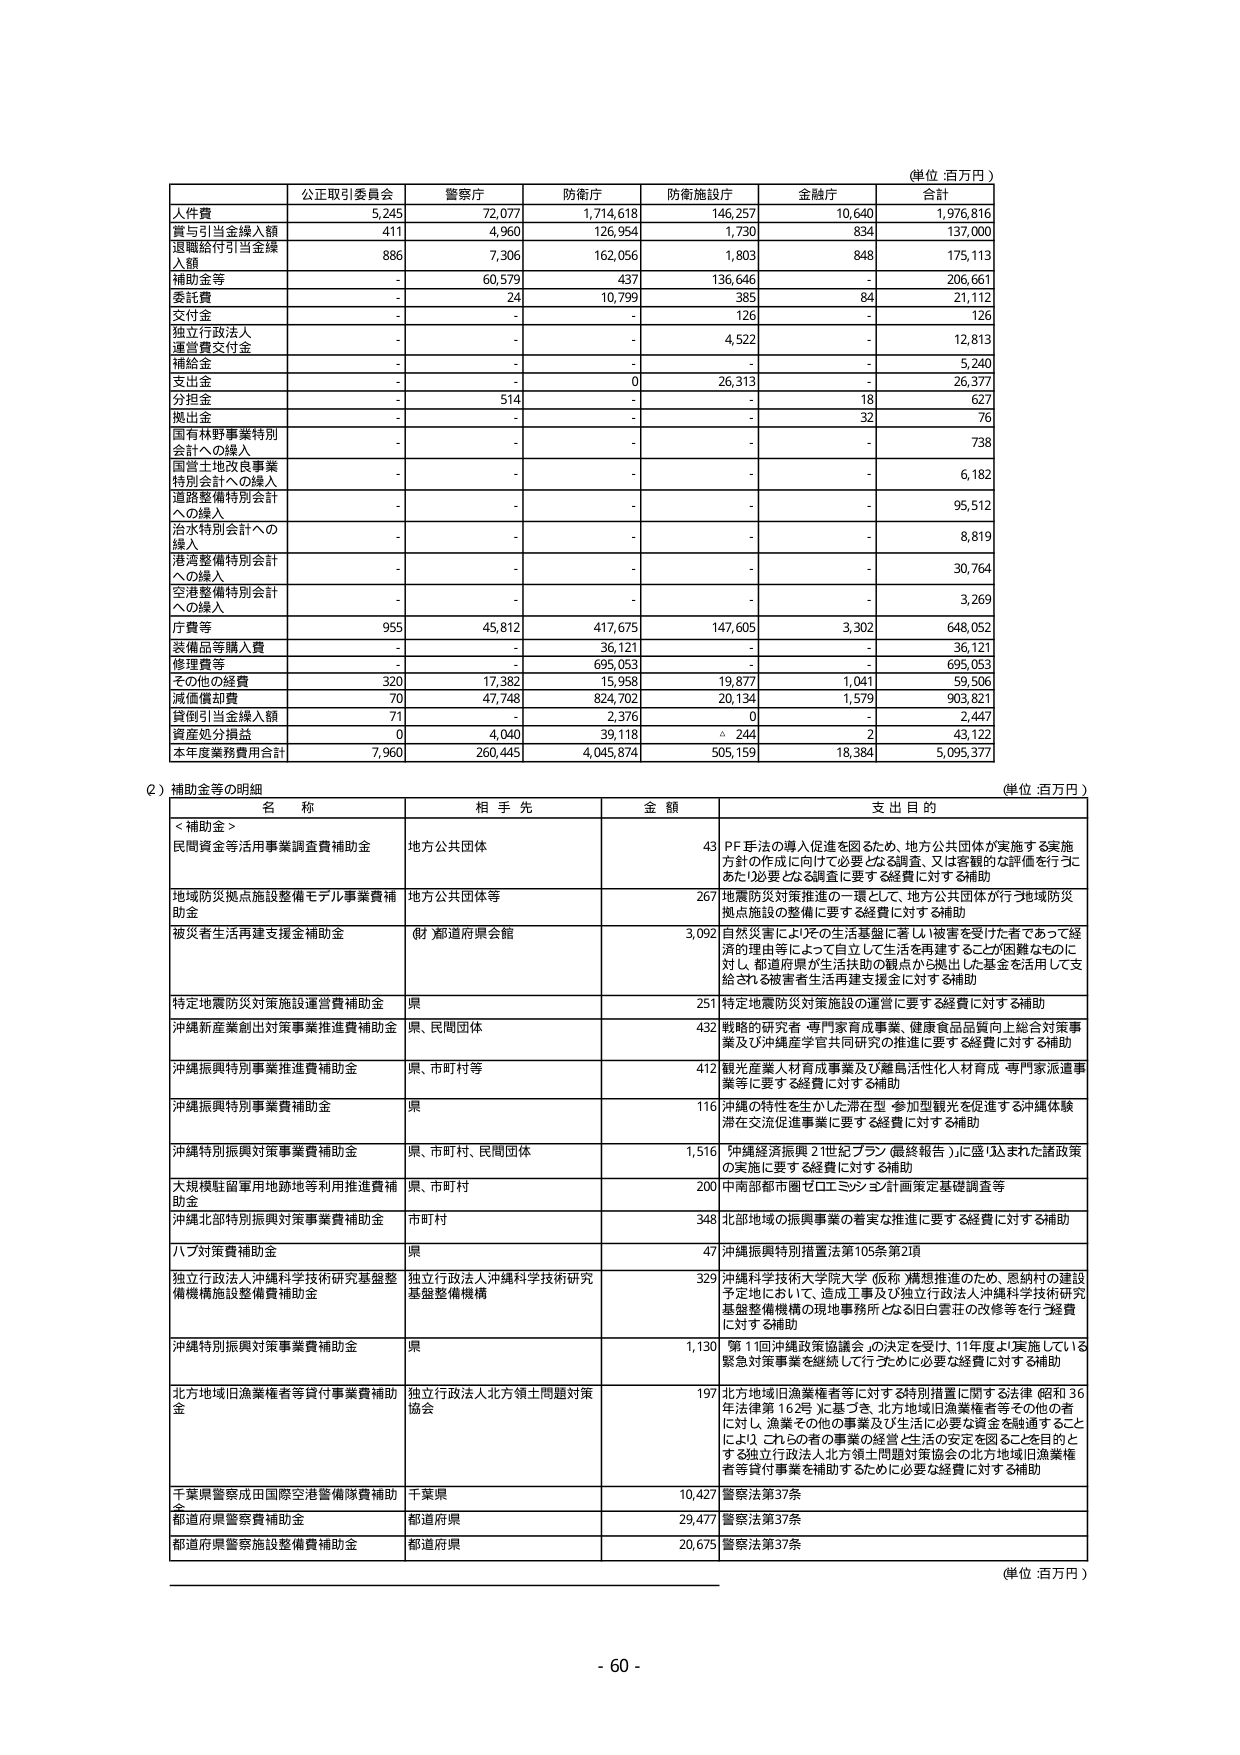
(単位:百万円)

公正取引委員会 警察庁 防衛庁 防衛施設庁 金融庁 合計
人件費 5,245 72,077 1,714,618 146,257 10,640 1,976,816
賞与引当金繰入額 411 4,960 126,954 1,730 834 137,000
退職給付引当金繰入額 886 7,306 162,056 1,803 848 175,113
補助金等 - 60,579 437 136,646 - 206,661
委託費 - 24 10,799 385 84 21,112
交付金 - - - 126 - 126
独立行政法人 独当費交付金 - - - 4,522 - 12,813
補給金 - - - - - 5,240
支出金 - - 0 26,313 - 26,377
分担金 - 514 - - 18 627
拠出金 - - - - 32 76
国有林野事業特別会計への繰入 - - - - - 738
国営土地改良事業特別会計への繰入 - - - - - 6,182
道路整備特別会計への繰入 - - - - - 95,512
治水特別会計への繰入 - - - - - 8,819
港湾整備特別会計への繰入 - - - - - 30,764
空港整備特別会計への繰入 - - - - - 3,269
庁費等 955 45,812 417,675 147,605 3,302 648,052
装備品等購入費 - - 36,121 - - 36,121
修理費等 - - 695,053 - - 695,053
その他の経費 320 17,382 15,958 19,877 1,041 59,506
減価償却費 70 47,748 824,702 20,134 1,579 903,821
貸倒引当金繰入額 71 - 2,376 0 - 2,447
資産処分損益 0 4,040 39,118 △ 244 2 43,122
本年度業務費用合計 7,960 260,445 4,045,874 505,159 18,384 5,095,377

(2) 補助金等の明細
(単位:百万円)
名 称 相 手 先 金 額 支 出 目 的
<補助金>
民間資金等活用事業調査費補助金 地方公共団体 43 PF手法の導入促進を図るため、地方公共団体が実施する実施方針の作成に向けて必要となる調査、又は客観的な評価を行うにあたり必要となる調査に要する経費に対する補助
地域防災拠点施設整備モデル事業費補助金 地方公共団体等 267 地震防災対策推進の一環として、地方公共団体が行う地域防災拠点施設の整備に要する経費に対する補助
被災者生活再建支援金補助金 (財)都道府県会館 3,092 自然災害によりその生活基盤に著しい被害を受けた者であって経済的理由等によって自立して生活を再建することが困難なものに対し、都道府県が生活扶助の観点から拠出した基金を活用して支給される被害者生活再建支援金に対する補助
特定地震防災対策施設運営費補助金 県 251 特定地震防災対策施設の運営に要する経費に対する補助
沖縄新産業創出対策事業推進費補助金 県、民間団体 432 戦略的研究者・専門家育成事業、健康食品品質向上総合対策事業及び沖縄産学官共同研究の推進に要する経費に対する補助
沖縄振興特別事業推進費補助金 県、市町村等 412 観光産業人材育成事業及び離島活性化人材育成・専門家派遣事業等に要する経費に対する補助
沖縄振興特別事業費補助金 県 116 沖縄の特性を生かした滞在型・参加型観光を促進する沖縄体験滞在交流促進事業に要する経費に対する補助
沖縄特別振興対策事業費補助金 県、市町村、民間団体 1,516 沖縄経済振興21世紀プラン(最終報告)に盛り込まれた諸政策の実施に要する経費に対する補助
大規模駐留軍用地跡地等利用推進費補助金 県、市町村 200 中南部都市圏ゼロエミッション計画策定基礎調査等
沖縄北部特別振興対策事業費補助金 市町村 348 北部地域の振興事業の着実な推進に要する経費に対する補助
ハブ対策費補助金 県 47 沖縄振興特別措置法第105条第2項
独立行政法人沖縄科学技術研究基盤整備機施設整備費補助金 独立行政法人沖縄科学技術研究基盤整備機構 329 沖縄科学技術大学院大学 仮称 精想推進のため、恩納村の建設予定地において、造成工事及び独立行政法人沖縄科学技術研究基盤整備機構の現地事務所となる旧日曇荘の改修等を行う経費に対する補助
沖縄特別振興対策事業費補助金 県 1,130 第1回沖縄政策協議会の決定を受け、11年度より実施している緊急対策事業を継続して行うために必要な経費に対する補助
北方地域旧漁業権者等貸付事業費補助金 独立行政法人北方領土問題対策協会 197 北方地域旧漁業権者等に対する特別措置に関する法律(昭和36年法律第162号)に基づき、北方地域旧漁業権者等その他の者に対し、漁業その他の事業及び生活に必要な資金を融通することにより、これら者の事業の経営と生活の安定を図ることを目的とする独立行政法人北方領土問題対策協会の北方地域旧漁業権者等貸付事業を補助するために必要な経費に対する補助
千葉県警察成田国際空港警備隊費補助金 千葉県 10,427 警察法第37条
都道府県警察費補助金 都道府県 29,477 警察法第37条
都道府県警察施設整備費補助金 都道府県 20,675 警察法第37条

(単位:百万円)

- 60 -